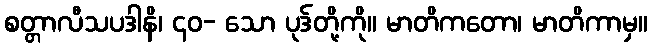
စတ္တာလီသပဒါနိ၊ ၄၀- သော ပုဒ်တို့ကို။ မာတိကတော၊ မာတိကာမှ။